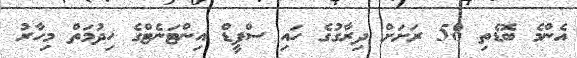
އެންމެ ބޮޑެތި 58 ރަށަށް ދިރާގުގެ ހައި ސްޕީޑް އިންޓަނެޓްގެ ހިދުމަތް މިހާރު